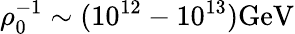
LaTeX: \rho_{0}^{-1}\sim(10^{12}-10^{13})\mathrm{GeV}